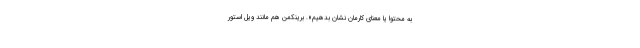
به محتوا یا معنای کارمان نشان بدهیم». برینکمن هم مانند ویل استور